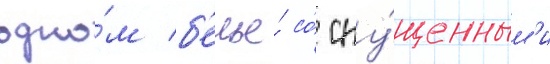
одно́м б'елье́ со́ спу́щенным'и